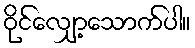
ဝိုင်လျှော့သောက်ပါ။